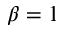
\beta = 1